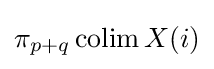
\pi _{p+q}\operatorname {colim} X(i)